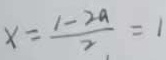
x = \frac { 1 - 2 a } { 2 } = 1